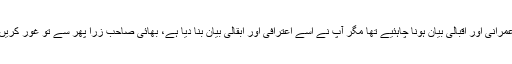
عمرانی اور اقبالی بیان ہونا چاہئیے تھا مگر آپ نے اسے اعترافی اور ابقالی بیان بنا دیا ہے، بھائی صاحب زرا پھر سے تو غور کریں۔